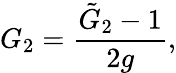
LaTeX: G_{2}=\frac{{\tilde{G}}_{2}-1}{2g},